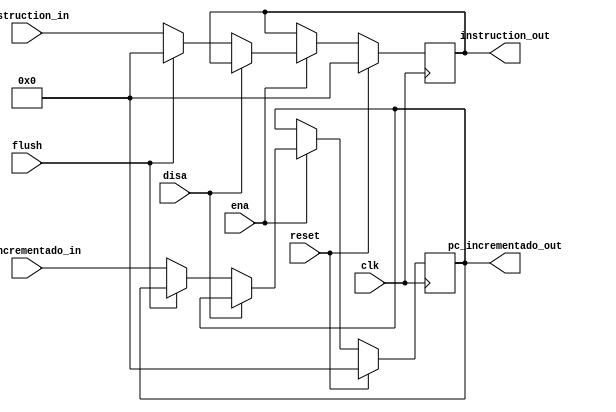
`timescale 1ns / 1ps
//////////////////////////////////////////////////////////////////////////////////
// Company: 
// Engineer: 
// 
// Design Name: 
// Module Name:    latch_IF_ID 
// Project Name: 
// Target Devices: 
// Tool versions: 
// Description: 
//
// Dependencies: 
//
// Revision: 
// Revision 0.01 - File Created
// Additional Comments: 
//
//////////////////////////////////////////////////////////////////////////////////
module latch_IF_ID
	#(
	parameter B=32	//32 bits instruccion, 7 bits pc_next (direccion)
   )
	(
	input wire clk,
	input wire reset,
	input wire ena,
	input wire disa,
	input wire flush,
	input wire [B-1:0]pc_incrementado_in,
	input wire [B-1:0]instruction_in,
	output reg [B-1:0]pc_incrementado_out,
	output reg [B-1:0]instruction_out
	);
	
	reg [B-1:0] instr_reg;
	reg [B-1:0] pc_next_reg;
	
	always @(posedge clk)
	
	begin
		if (reset)
			begin
			pc_incrementado_out <= 0;
			instruction_out <=0;
			end
		else
			if(ena)
				begin
				if(disa)
					begin
					pc_next_reg <= pc_next_reg;
					instr_reg <= instr_reg;
					end
				else if (flush)
					begin
					pc_incrementado_out <= pc_incrementado_out;
					instruction_out <= 0;
					end
				else
					begin
					instruction_out <= instruction_in;
					pc_incrementado_out <= pc_incrementado_in;
					end
				end
	end

endmodule